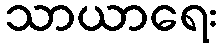
သာယာရေး